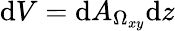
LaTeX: \mathrm{d}V=\mathrm{d}A_{\Omega_{xy}}\mathrm{d}z